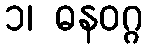
၁၊ ဓနဝဂ္ဂ